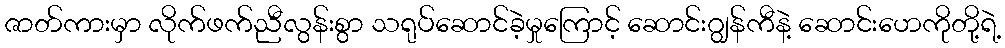
ဇာတ်ကားမှာ လိုက်ဖက်ညီလွန်းစွာ သရုပ်ဆောင်ခဲ့မှုကြောင့် ဆောင်းဂျွန်ကီနဲ့ ဆောင်းဟေကိုတို့ရဲ့